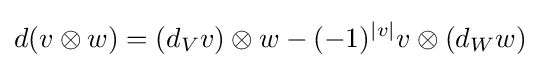
d(v\otimes w)=(d_{V}v)\otimes w-(-1)^{|v|}v\otimes (d_{W}w)